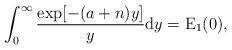
LaTeX: \begin{align*}\int_0^\infty\frac{\exp[-(a+n)y]}{y}\mathrm{d}y=\operatorname{E}_1(0),\end{align*}